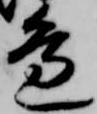
邊